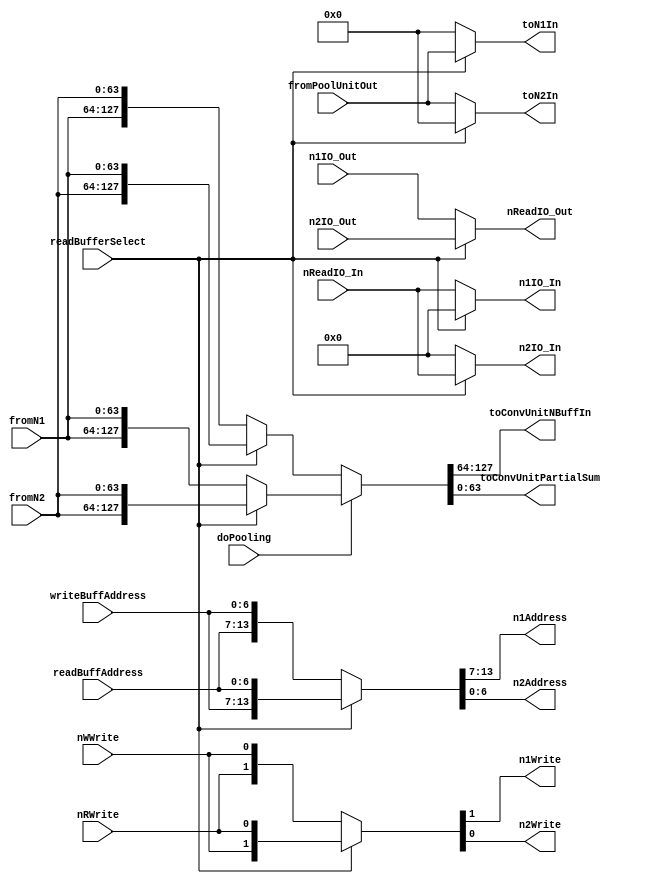
`timescale 1ns / 1ps
/*
 * IO always from read buffer
 * Ports
 * readBufferSelect
 *      0 - N1 is read
 *      1 - N2 is read
 */

module NeuronBufferSwapper #(parameter
        depth = 2,
        A = 7,
        D = (1<<depth),
        W = 16
    )(
        input wire readBufferSelect,
        input wire doPooling,

        input wire [W*D-1:0] fromN1,
        input wire [W*D-1:0] fromN2,
        output wire[W*D-1:0] toN1In,
        output wire[W*D-1:0] toN2In,
        
        input wire [A-1:0] readBuffAddress,
        input wire [A-1:0] writeBuffAddress,
        output wire[A-1:0] n1Address,
        output wire[A-1:0] n2Address,

        input wire  nRWrite,
        input wire  nWWrite,
        output wire n1Write,
        output wire n2Write,

        input wire [W+depth+1 :0] nReadIO_In,
        output wire [W-1:0] nReadIO_Out,
        output wire [W+depth+1 :0] n1IO_In,
        input wire [W-1:0] n1IO_Out,
        output wire [W+depth+1 :0] n2IO_In,
        input wire [W-1:0] n2IO_Out,

        input wire [W*D-1:0] fromPoolUnitOut,
        output wire[W*D-1:0] toConvUnitNBuffIn,
        output wire[W*D-1:0] toConvUnitPartialSum
    );

    assign {n1Address,n2Address} = readBufferSelect?
                                        {writeBuffAddress,readBuffAddress}
                                        :{readBuffAddress,writeBuffAddress};
    assign {n1Write,n2Write} = readBufferSelect?
                                    {nWWrite,nRWrite}:{nRWrite,nWWrite};
    assign {nReadIO_Out} = readBufferSelect?n2IO_Out:n1IO_Out;
    assign {toConvUnitNBuffIn,toConvUnitPartialSum} 
                = doPooling?(readBufferSelect?{fromN2,fromN2}:{fromN1,fromN1})
                    :(readBufferSelect?{fromN2,fromN1}:{fromN1,fromN2});

    assign n1IO_In = readBufferSelect?{(W){1'b0}}:nReadIO_In;
    assign n2IO_In = readBufferSelect?nReadIO_In:{(W){1'b0}};
     
    assign toN1In = readBufferSelect?fromPoolUnitOut:0;
    assign toN2In = readBufferSelect?0:fromPoolUnitOut;

endmodule